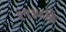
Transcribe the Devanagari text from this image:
१९४८के